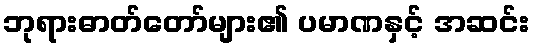
ဘုရားဓာတ်တော်များ၏ ပမာဏနှင့် အဆင်း